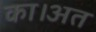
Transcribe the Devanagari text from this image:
का।अत